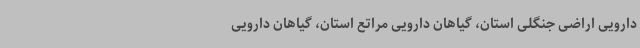
دارویی اراضی جنگلی استان، گیاهان دارویی مراتع استان، گیاهان دارویی